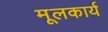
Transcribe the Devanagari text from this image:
मूलकार्य